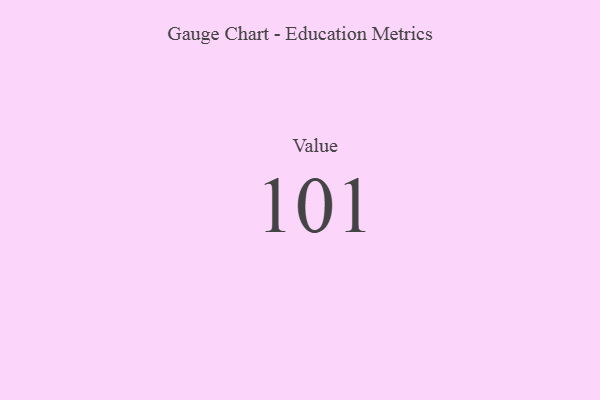
{"axis": {"x": "Metric", "y": "Value"}, "legend": [""], "data": [{"x": "Value", "y": 101, "type": ""}]}